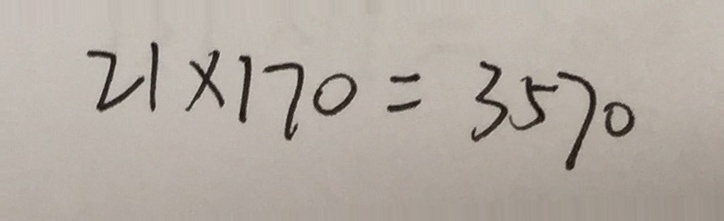
2 1 \times 1 7 0 = 3 5 7 0